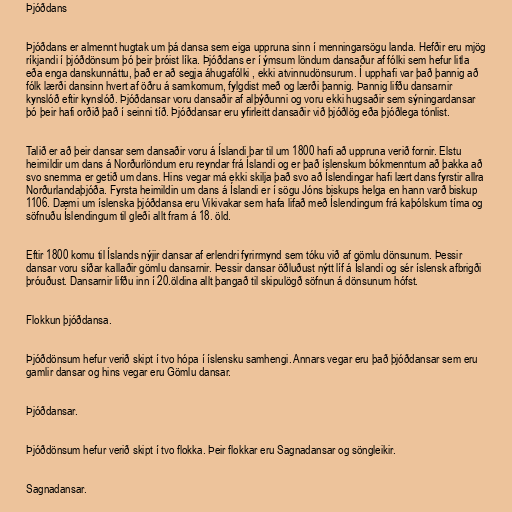
Þjóðdans

Þjóðdans er almennt hugtak um þá dansa sem eiga uppruna sinn í menningarsögu landa. Hefðir eru mjög
ríkjandi í þjóðdönsum þó þeir þróist líka. Þjóðdans er í ýmsum löndum dansaður af fólki sem hefur litla
eða enga danskunnáttu, það er að segja áhugafólki , ekki atvinnudönsurum. Í upphafi var það þannig að
fólk lærði dansinn hvert af öðru á samkomum, fylgdist með og lærði þannig. Þannig lifðu dansarnir
kynslóð eftir kynslóð. Þjóðdansar voru dansaðir af alþýðunni og voru ekki hugsaðir sem sýningardansar
þó þeir hafi orðið það í seinni tíð. Þjóðdansar eru yfirleitt dansaðir við þjóðlög eða þjóðlega tónlist.

Talið er að þeir dansar sem dansaðir voru á Íslandi þar til um 1800 hafi að uppruna verið fornir. Elstu
heimildir um dans á Norðurlöndum eru reyndar frá Íslandi og er það íslenskum bókmenntum að þakka að
svo snemma er getið um dans. Hins vegar má ekki skilja það svo að Íslendingar hafi lært dans fyrstir allra
Norðurlandaþjóða. Fyrsta heimildin um dans á Íslandi er í sögu Jóns biskups helga en hann varð biskup
1106. Dæmi um íslenska þjóðdansa eru Vikivakar sem hafa lifað með Íslendingum frá kaþólskum tíma og
söfnuðu Íslendingum til gleði allt fram á 18. öld.

Eftir 1800 komu til Íslands nýjir dansar af erlendri fyrirmynd sem tóku við af gömlu dönsunum. Þessir
dansar voru síðar kallaðir gömlu dansarnir. Þessir dansar öðluðust nýtt líf á Íslandi og sér íslensk afbrigði
þróuðust. Dansarnir lifðu inn í 20.öldina allt þangað til skipulögð söfnun á dönsunum hófst.

Flokkun þjóðdansa.

Þjóðdönsum hefur verið skipt í tvo hópa í íslensku samhengi. Annars vegar eru það þjóðdansar sem eru
gamlir dansar og hins vegar eru Gömlu dansar.

Þjóðdansar.

Þjóðdönsum hefur verið skipt í tvo flokka. Þeir flokkar eru Sagnadansar og söngleikir.

Sagnadansar.